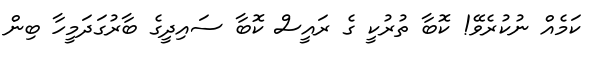
ކަމެއް ނުކުރެވޭ! ކޮބާ ތުރުކީ ގެ ރައީސް ކޮބާ ސައިދީގެ ބާރުގަދަމީހާ ބިން